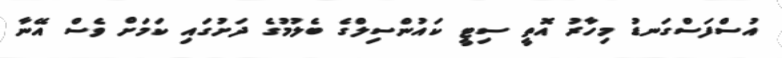
އުސްފަސްގަނޑު މިހާރު އޮތީ ސިޓީ ކައުންސިލްގެ ބެލުމުގެ ދަށުގައި ކަމަށް ވެސް އޭނާ